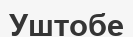
Уштобе